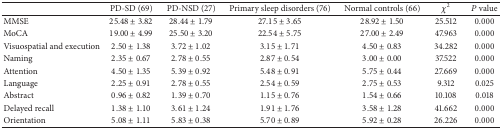
|  | PD-SD (69) | PD-NSD (27) | Primary sleep disorders (76) | Normal controls (66) | χ2 | P value |
 | --- | --- | --- | --- | --- | --- | --- |
 | MMSE | 25.48 ± 3.82 | 28.44 ± 1.79 | 27.15 ± 3.65 | 28.92 ± 1.50 | 25.512 | 0.000 |
 | MoCA | 19.00 ± 4.99 | 25.50 ± 3.20 | 22.54 ± 5.75 | 27.00 ± 2.49 | 47.963 | 0.000 |
 | Visuospatial and execution | 2.50 ± 1.38 | 3.72 ± 1.02 | 3.15 ± 1.71 | 4.50 ± 0.83 | 34.282 | 0.000 |
 | Naming | 2.35 ± 0.67 | 2.78 ± 0.55 | 2.87 ± 0.54 | 3.00 ± 0.00 | 37.522 | 0.000 |
 | Attention | 4.50 ± 1.35 | 5.39 ± 0.92 | 5.48 ± 0.91 | 5.75 ± 0.44 | 27.669 | 0.000 |
 | Language | 2.25 ± 0.91 | 2.78 ± 0.55 | 2.54 ± 0.59 | 2.75 ± 0.53 | 9.312 | 0.025 |
 | Abstract | 0.96 ± 0.82 | 1.39 ± 0.70 | 1.15 ± 0.76 | 1.54 ± 0.66 | 10.108 | 0.018 |
 | Delayed recall | 1.38 ± 1.10 | 3.61 ± 1.24 | 1.91 ± 1.76 | 3.58 ± 1.28 | 41.662 | 0.000 |
 | Orientation | 5.08 ± 1.11 | 5.83 ± 0.38 | 5.70 ± 0.89 | 5.92 ± 0.28 | 26.226 | 0.000 |